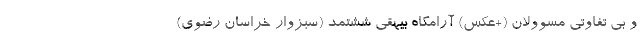
و بی تفاوتی مسوولان (+عکس) آرامگاه بیهقی ششتمد (سبزوار خراسان رضوی)